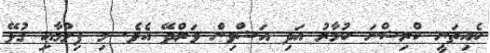
ކެއިތަނީ ކްރިޝްނަ ކުމާރު އަދި އަޝްވިން ވަރްދޭ އެވެ. މި ފިލްމާއި ގުޅޭ